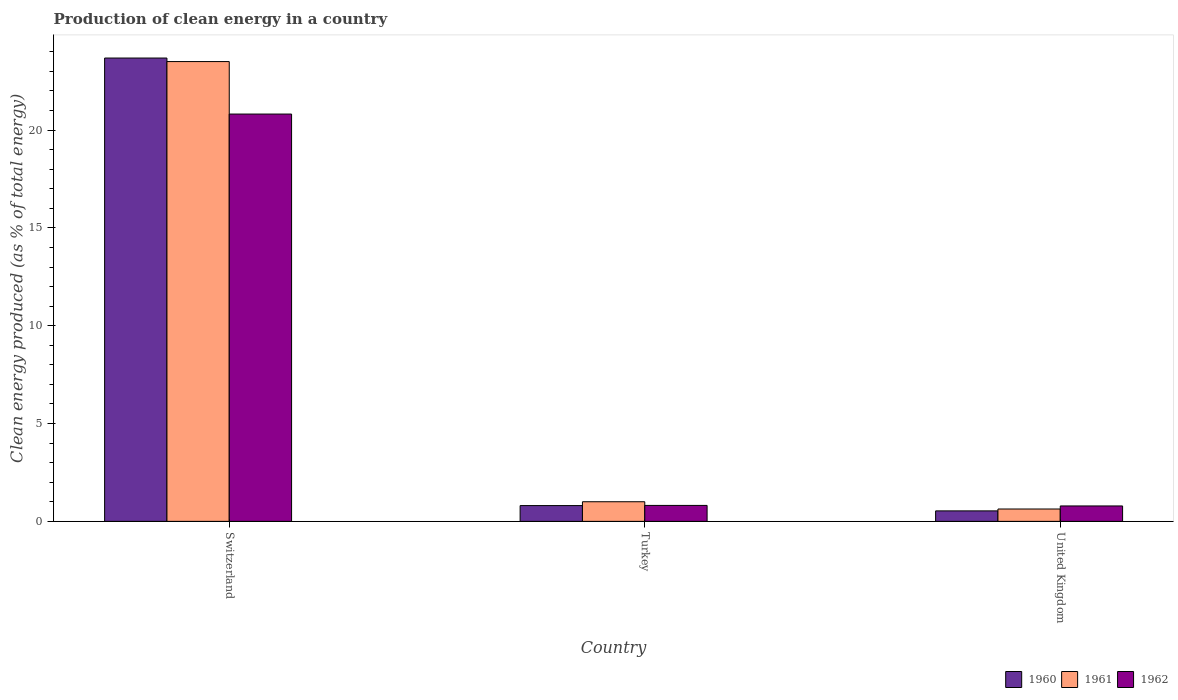
| Country | 1960 | 1961 | 1962 |
 | --- | --- | --- | --- |
 | Switzerland | 23.7 | 23.5 | 20.8 |
 | Turkey | 0.806 | 1 | 0.815 |
 | United Kingdom | 0.535 | 0.632 | 0.788 |